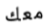
معك